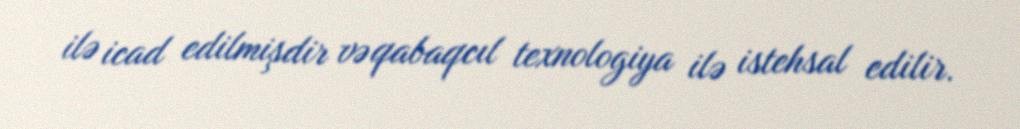
ilə icad edilmişdir və qabaqcıl texnologiya ilə istehsal edilir.